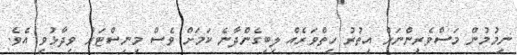
ނިމުމުން މަސްވެރިންނަށް އިތުރު ހިތްވަރެއް ލިބިގެންދާނެ ކަމަށް ވެސް މިނިސްޓަރު ވިދާޅުވި އެވެ.